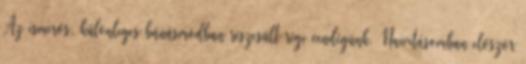
Az ismerős, különleges bánásmódban részesült régi vendégünk. Naivitásomban először